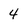
Character: 4